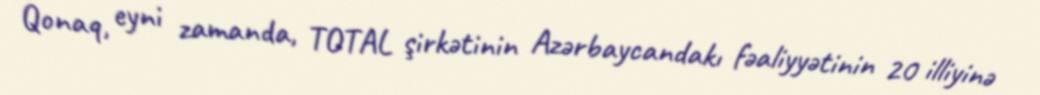
Qonaq, eyni zamanda, TOTAL şirkətinin Azərbaycandakı fəaliyyətinin 20 illiyinə